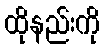
ထိုနည်းကို